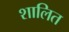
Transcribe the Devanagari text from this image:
शालित